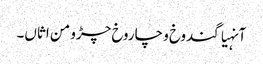
آنہیاگندوخ و چاروخ چڑو من اثاں۔